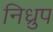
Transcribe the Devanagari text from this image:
निध्रुप